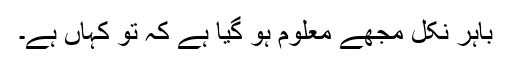
باہر نکل مجھے معلوم ہو گیا ہے کہ تو کہاں ہے۔